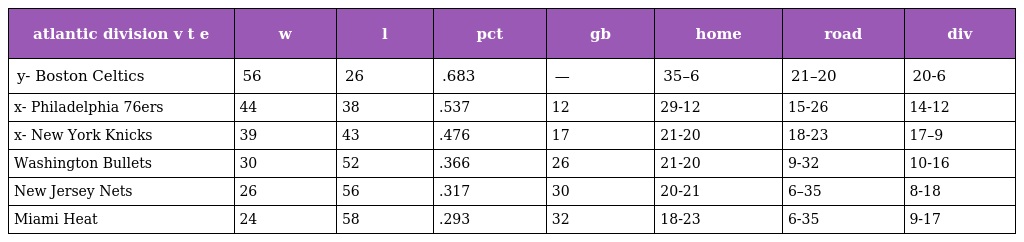
| atlantic division v t e | w | l | pct | gb | home | road | div |
 | --- | --- | --- | --- | --- | --- | --- | --- |
 | y- Boston Celtics | 56 | 26 | .683 | — | 35–6 | 21–20 | 20-6 |
 | x- Philadelphia 76ers | 44 | 38 | .537 | 12 | 29-12 | 15-26 | 14-12 |
 | x- New York Knicks | 39 | 43 | .476 | 17 | 21-20 | 18-23 | 17–9 |
 | Washington Bullets | 30 | 52 | .366 | 26 | 21-20 | 9-32 | 10-16 |
 | New Jersey Nets | 26 | 56 | .317 | 30 | 20-21 | 6–35 | 8-18 |
 | Miami Heat | 24 | 58 | .293 | 32 | 18-23 | 6-35 | 9-17 |